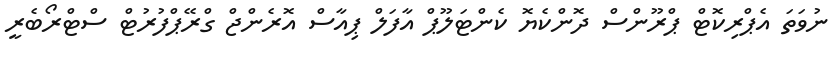
ނުވަތަ އެޕްރިކޮޓް ޕްރޫންސް ދޮންކެޔޮ ކެންޓަލޫޕް އާފަލް ޕިއާސް އޮރެންޖް ގްރޭޕްފުރުޓް ސްޓްރޯބެރީ